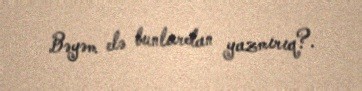
Bəyəm elə bunlardan yazmırıq?.